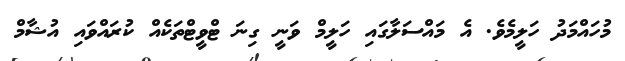
މުހައްމަދު ހަލީމެވެ. އެ މައްސަލާގައި ހަލީމް ވަނީ ގިނަ ޓްވީޓްތަކެއް ކުރައްވައި އުޝާމް